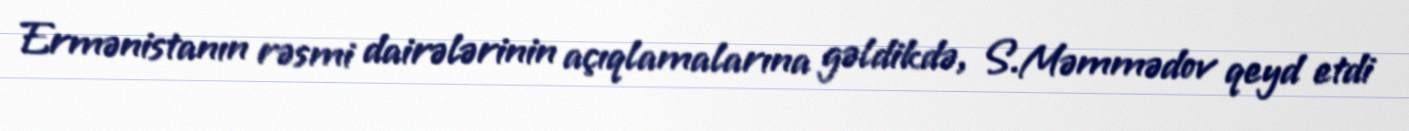
Ermənistanın rəsmi dairələrinin açıqlamalarına gəldikdə, S.Məmmədov qeyd etdi